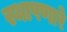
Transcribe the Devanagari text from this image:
स्थापणारे